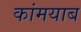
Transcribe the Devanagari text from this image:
कांमयाब